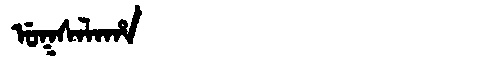
Manchu: ᡠᡴᠰᠠᠯᠠᡥᠠ
Romanization: UKSALAHA